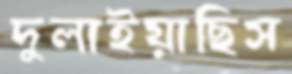
দুলাইয়াছিস